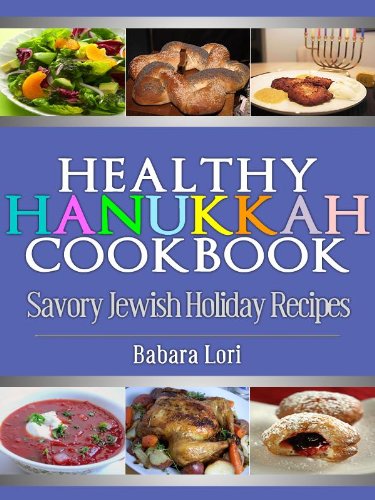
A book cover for Healthy Hanukkah Cookbook: Savory Jewish Holiday Recipes (A Treasury of Jewish Holiday Dishes Book 3); Barbara Lori; Cookbooks, Food & Wine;